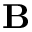
{ \bf \delta B }